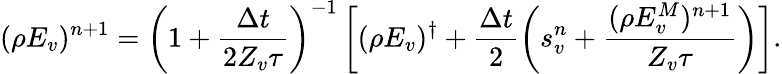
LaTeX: (\rho E_{v})^{n+1}=\left(1+\frac{\Delta t}{2Z_{v}\tau}\right)^{-1}\left[(\rho{E_{v}})^{\dagger}+\frac{\Delta t}{2}\left(s_{v}^{n}+\frac{(\rho E_{v}^{M})^{n+1}}{Z_{v}\tau}\right)\right].